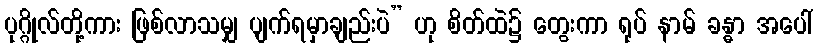
ပုဂ္ဂိုလ်တို့ကား ဖြစ်လာသမျှ ပျက်ရမှာချည်းပဲ” ဟု စိတ်ထဲ၌ တွေးကာ ရုပ် နာမ် ခန္ဓာ အပေါ်